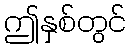
ဤနှစ်တွင်